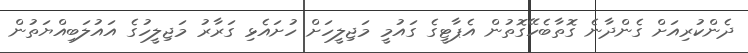
ދެންކުރިއަށް ގެންދާނެ ގޮތާބެހޭގޮތުން އެޕާޓީގެ ގައުމީ މަޖިލީހަށް ހުށައެޅި ގަރާރު މަޖިލީހުގެ އައުލަބިއްޔަތުން